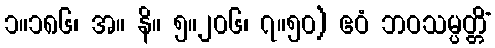
၁။၁၈၆၊ အ။ နိ။ ၅။၂၀၆၊ ၇။၅၀) ဧဝံ ဘဝသမ္ပတ္တိံ